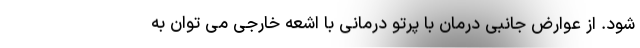
شود. از عوارض جانبی درمان با پرتو درمانی با اشعه خارجی می توان به